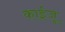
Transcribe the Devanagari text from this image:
काईजू